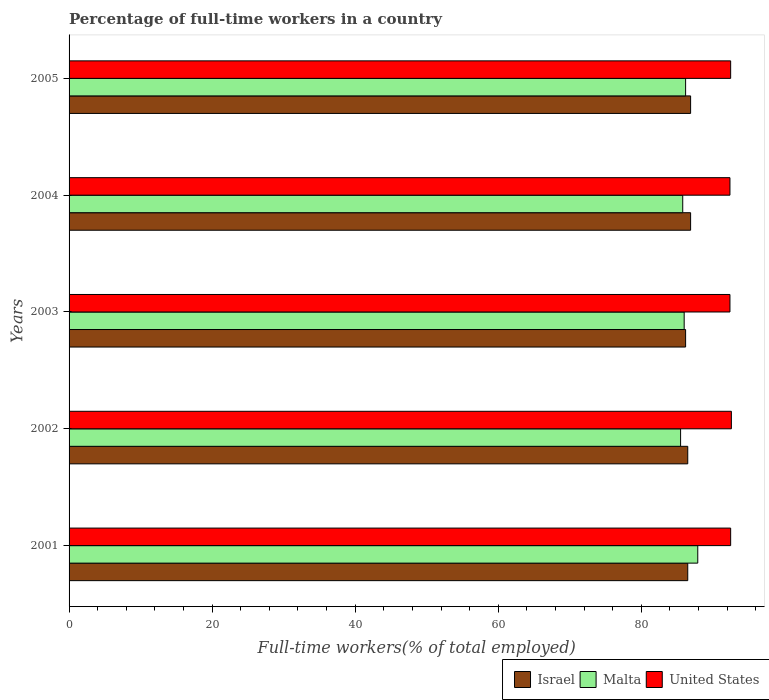
| Years | Israel | Malta | United States |
 | --- | --- | --- | --- |
 | 2001 | 86.5 | 87.9 | 92.5 |
 | 2002 | 86.5 | 85.5 | 92.6 |
 | 2003 | 86.2 | 86 | 92.4 |
 | 2004 | 86.9 | 85.8 | 92.4 |
 | 2005 | 86.9 | 86.2 | 92.5 |